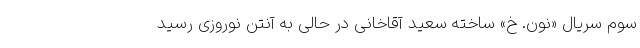
سوم سریال «نون. خ» ساخته سعید آقاخانی در حالی به آنتن نوروزی رسید